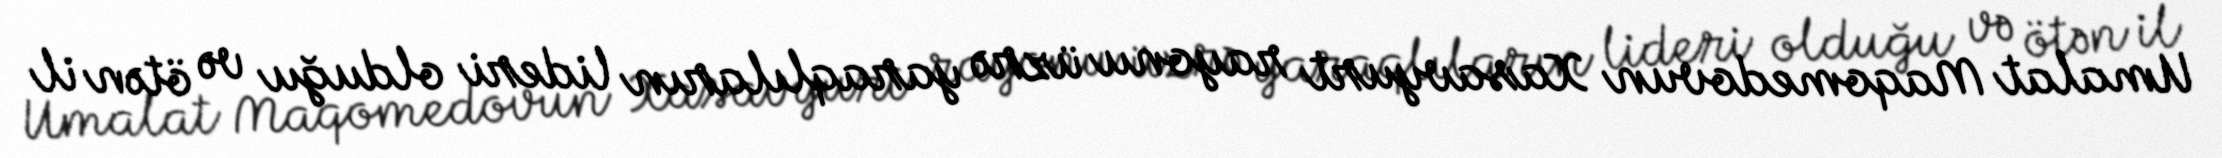
Umalat Maqomedovun Xasavyurt rayonu üzrə yaraqlıların lideri olduğu və ötən il